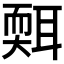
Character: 𦖩